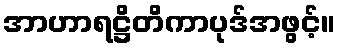
အာဟာရဋ္ဌိတိကာပုဒ်အဖွင့်။